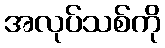
အလုပ်သစ်ကို